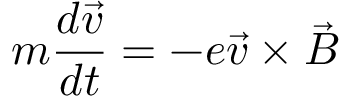
m \frac { d \vec { v } } { d t } = - e \vec { v } \times \vec { B }